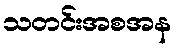
သတင်းအစအန